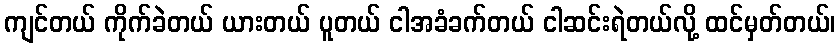
ကျင်တယ် ကိုက်ခဲတယ် ယားတယ် ပူတယ် ငါအခံခက်တယ် ငါဆင်းရဲတယ်လို့ ထင်မှတ်တယ်၊